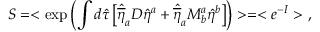
S = < \exp \left( \int d \hat { \tau } \left[ \hat { \overline { { { \eta } } } } _ { a } D \hat { \eta } ^ { a } + \hat { \overline { { { \eta } } } } _ { a } M _ { b } ^ { a } \hat { \eta } ^ { b } \right] \right) > = < e ^ { - I } > \ ,